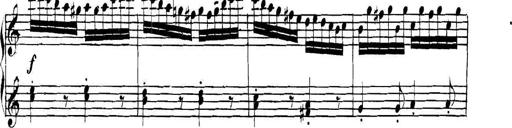
Title: Collected Piano Sonatas
Composer: Muzio Clementi